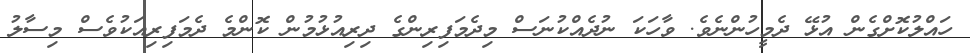
ހައްލުކޮށްގެން އުޅޭ ދެމީހުންނެވެ. ވާހަކަ ނުދެއްކުނަސް މިދެމަފިރިންގެ ދިރިއުޅުމުން ކޮންމެ ދެމަފިރިއަކުވެސް މިސާލު